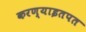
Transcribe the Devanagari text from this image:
करण्याइतपत